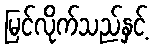
မြင်လိုက်သည်နှင့်